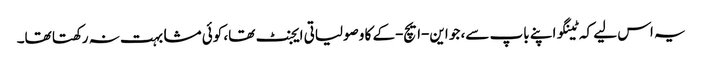
یہ اس لیے کہ ٹینگو اپنے باپ سے، جو این-ایچ-کے کا وصولیاتی ایجنٹ تھا، کوئی مشابہت نہ رکھتا تھا۔